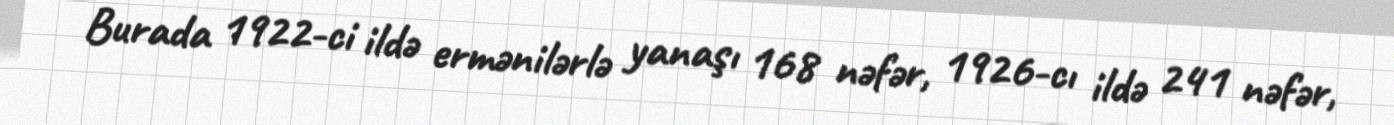
Burada 1922-ci ildə ermənilərlə yanaşı 168 nəfər, 1926-cı ildə 241 nəfər,